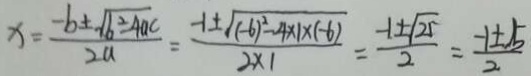
x = \frac { - b \pm \sqrt { b ^ { 2 } - 4 a c } } { 2 a } = \frac { - 1 \pm \sqrt { ( - 6 ) ^ { 2 } - 4 \times 1 \times ( - 6 ) } } { 2 \times 1 } = \frac { - 1 \pm \sqrt { 2 5 } } { 2 } = \frac { - 1 \pm 5 } { 2 }